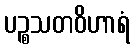
ပဉ္စသတဝိဟာရံ